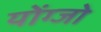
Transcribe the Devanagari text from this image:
योंग्जो